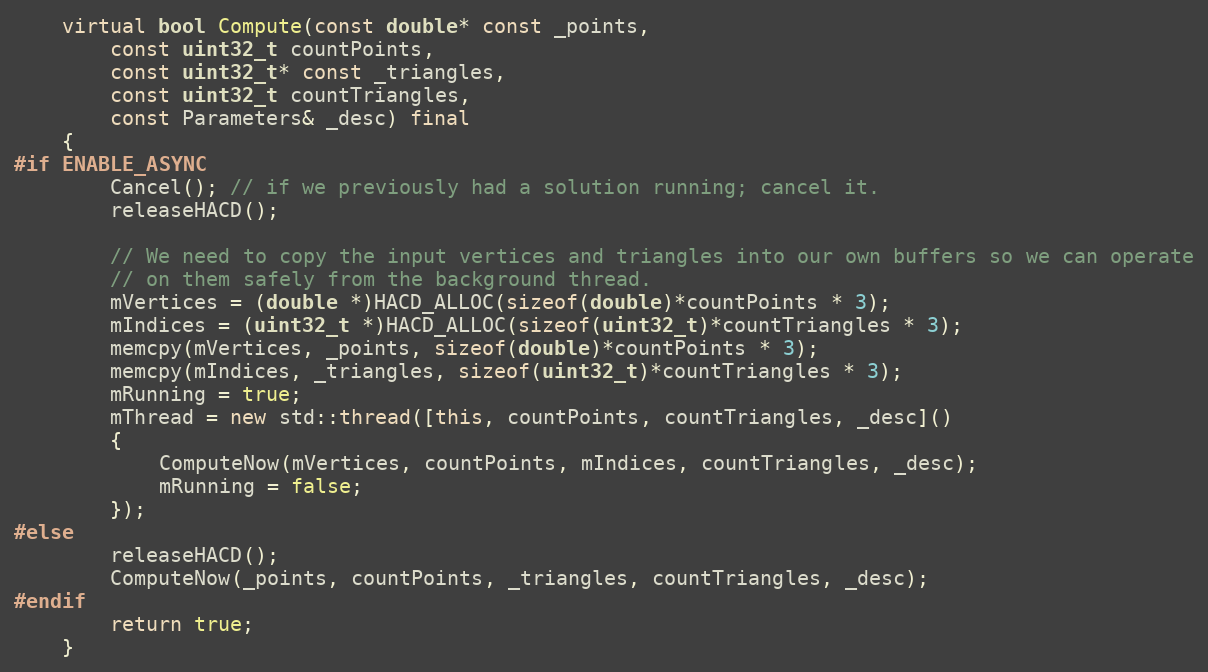
Language: C++
	virtual bool Compute(const double* const _points,
		const uint32_t countPoints,
		const uint32_t* const _triangles,
		const uint32_t countTriangles,
		const Parameters& _desc) final
	{
#if ENABLE_ASYNC
		Cancel(); // if we previously had a solution running; cancel it.
		releaseHACD();

		// We need to copy the input vertices and triangles into our own buffers so we can operate
		// on them safely from the background thread.
		mVertices = (double *)HACD_ALLOC(sizeof(double)*countPoints * 3);
		mIndices = (uint32_t *)HACD_ALLOC(sizeof(uint32_t)*countTriangles * 3);
		memcpy(mVertices, _points, sizeof(double)*countPoints * 3);
		memcpy(mIndices, _triangles, sizeof(uint32_t)*countTriangles * 3);
		mRunning = true;
		mThread = new std::thread([this, countPoints, countTriangles, _desc]()
		{
			ComputeNow(mVertices, countPoints, mIndices, countTriangles, _desc);
			mRunning = false;
		});
#else
		releaseHACD();
		ComputeNow(_points, countPoints, _triangles, countTriangles, _desc);
#endif
		return true;
	}